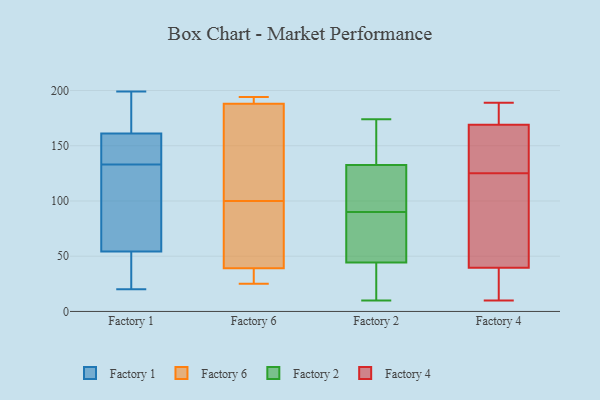
{"axis": {"x": "Conversion Rate (%)", "y": "Value"}, "legend": ["Factory 1", "Factory 2", "Factory 4", "Factory 6"], "data": [{"x": "", "y": 20, "type": "Factory 1"}, {"x": "", "y": 91, "type": "Factory 1"}, {"x": "", "y": 133, "type": "Factory 1"}, {"x": "", "y": 51, "type": "Factory 1"}, {"x": "", "y": 48, "type": "Factory 1"}, {"x": "", "y": 80, "type": "Factory 1"}, {"x": "", "y": 135, "type": "Factory 1"}, {"x": "", "y": 152, "type": "Factory 1"}, {"x": "", "y": 52, "type": "Factory 1"}, {"x": "", "y": 147, "type": "Factory 1"}, {"x": "", "y": 185, "type": "Factory 1"}, {"x": "", "y": 47, "type": "Factory 1"}, {"x": "", "y": 164, "type": "Factory 1"}, {"x": "", "y": 183, "type": "Factory 1"}, {"x": "", "y": 179, "type": "Factory 1"}, {"x": "", "y": 199, "type": "Factory 1"}, {"x": "", "y": 61, "type": "Factory 1"}, {"x": "", "y": 137, "type": "Factory 1"}, {"x": "", "y": 120, "type": "Factory 1"}, {"x": "", "y": 34, "type": "Factory 6"}, {"x": "", "y": 188, "type": "Factory 6"}, {"x": "", "y": 190, "type": "Factory 6"}, {"x": "", "y": 65, "type": "Factory 6"}, {"x": "", "y": 51, "type": "Factory 6"}, {"x": "", "y": 25, "type": "Factory 6"}, {"x": "", "y": 194, "type": "Factory 6"}, {"x": "", "y": 180, "type": "Factory 6"}, {"x": "", "y": 135, "type": "Factory 6"}, {"x": "", "y": 39, "type": "Factory 6"}, {"x": "", "y": 133, "type": "Factory 2"}, {"x": "", "y": 150, "type": "Factory 2"}, {"x": "", "y": 64, "type": "Factory 2"}, {"x": "", "y": 138, "type": "Factory 2"}, {"x": "", "y": 31, "type": "Factory 2"}, {"x": "", "y": 60, "type": "Factory 2"}, {"x": "", "y": 116, "type": "Factory 2"}, {"x": "", "y": 51, "type": "Factory 2"}, {"x": "", "y": 90, "type": "Factory 2"}, {"x": "", "y": 131, "type": "Factory 2"}, {"x": "", "y": 128, "type": "Factory 2"}, {"x": "", "y": 40, "type": "Factory 2"}, {"x": "", "y": 155, "type": "Factory 2"}, {"x": "", "y": 174, "type": "Factory 2"}, {"x": "", "y": 10, "type": "Factory 2"}, {"x": "", "y": 35, "type": "Factory 2"}, {"x": "", "y": 56, "type": "Factory 2"}, {"x": "", "y": 109, "type": "Factory 2"}, {"x": "", "y": 42, "type": "Factory 2"}, {"x": "", "y": 10, "type": "Factory 4"}, {"x": "", "y": 162, "type": "Factory 4"}, {"x": "", "y": 40, "type": "Factory 4"}, {"x": "", "y": 90, "type": "Factory 4"}, {"x": "", "y": 13, "type": "Factory 4"}, {"x": "", "y": 38, "type": "Factory 4"}, {"x": "", "y": 130, "type": "Factory 4"}, {"x": "", "y": 168, "type": "Factory 4"}, {"x": "", "y": 172, "type": "Factory 4"}, {"x": "", "y": 66, "type": "Factory 4"}, {"x": "", "y": 179, "type": "Factory 4"}, {"x": "", "y": 189, "type": "Factory 4"}, {"x": "", "y": 125, "type": "Factory 4"}]}